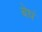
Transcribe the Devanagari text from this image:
बेधं